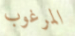
المرغوب